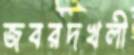
জবরদখলী